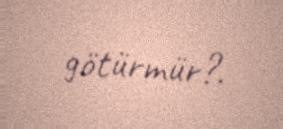
götürmür?.